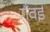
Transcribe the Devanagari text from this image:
गँवईं